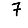
Digit: 7